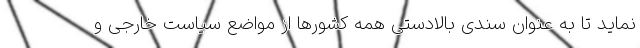
نماید تا به عنوان سندی بالادستی همه کشورها از مواضع سیاست خارجی و